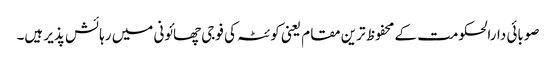
صوبائی دارالحکومت کے محفوظ ترین مقام یعنی کوئٹہ کی فوجی چھائونی میں رہائش پذیر ہیں۔